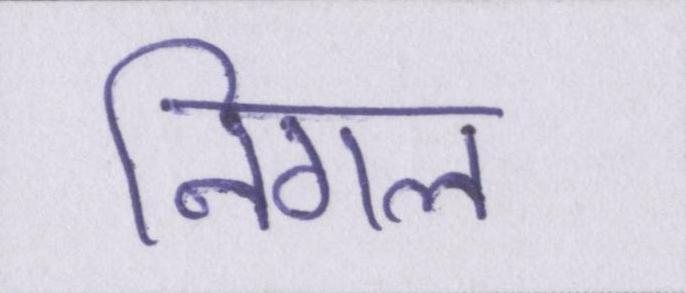
निगल